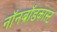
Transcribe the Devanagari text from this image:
नॉनब्रॉडकास्ट